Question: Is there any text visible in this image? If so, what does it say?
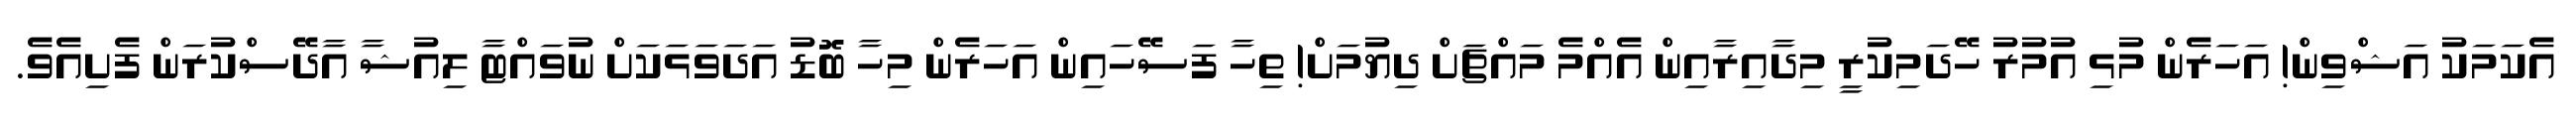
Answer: އެކަމަކު އަޝްވިން! އަހަރެން މުޅި އުމުރު ހޭދަމިކުރީ މިދާއިރާއިން އެއްމެ މައްޗަށް ދިޔުމަށް! ތިހާ ފަސޭހައިން އަހަރެން މިހާ ބޮޑު އަދަވަޅަކަށް ނުވައްޓާ ލިއުޝާ އާދޭސްކުރަން ފެށިއެވެ.